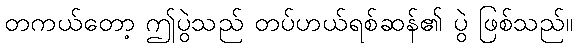
တကယ်တော့ ဤပွဲသည် တပ်ဟယ်ရစ်ဆန်၏ ပွဲ ဖြစ်သည်။